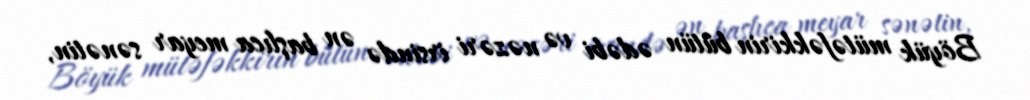
Böyük mütəfəkkirin bütün ədəbi və nəzəri irsində ən başlıca meyar sənətin,